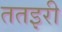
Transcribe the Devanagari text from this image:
ततइरी